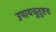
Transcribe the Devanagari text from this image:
उपायचुतुष्टय